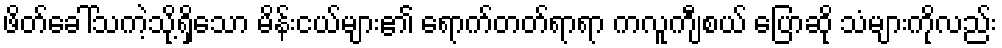
ဖိတ်ခေါ်သကဲ့သို့ရှိသော မိန်းငယ်များ၏ ရောက်တတ်ရာရာ ကလူကျီစယ် ပြောဆို သံများကိုလည်း